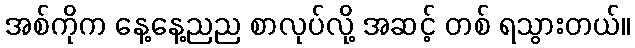
အစ်ကိုက နေ့နေ့ညည စာလုပ်လို့ အဆင့် တစ် ရသွားတယ်။